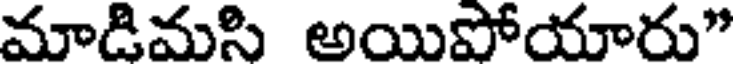
మాడిమసి అయిపోయారు"